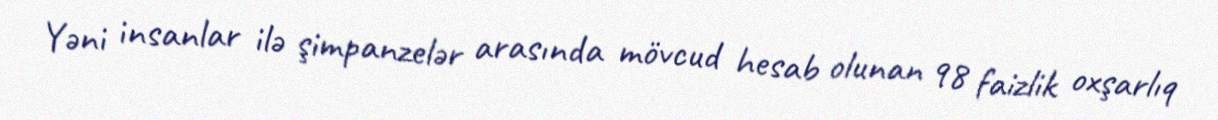
Yəni insanlar ilə şimpanzelər arasında mövcud hesab olunan 98 faizlik oxşarlıq